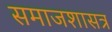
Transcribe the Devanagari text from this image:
समाजशासत्र